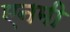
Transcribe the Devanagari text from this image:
एनमी